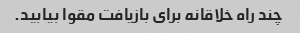
چند راه خلاقانه برای بازیافت مقوا بیابید.